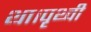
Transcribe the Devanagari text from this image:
था।पृथ्वी